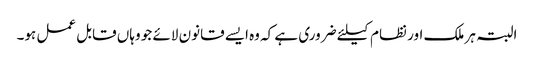
البتہ ہر ملک اور نظام کیلئے ضروری ہے کہ وه ایسے قانون لائے جو وہاں قابل عمل ہو۔